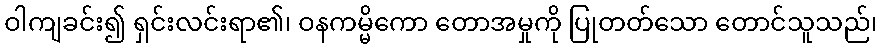
ဝါကျခင်း၍ ရှင်းလင်းရာ၏၊ ဝနကမ္မိကော တောအမှုကို ပြုတတ်သော တောင်သူသည်၊